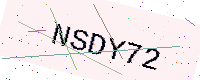
Text: NSDY72